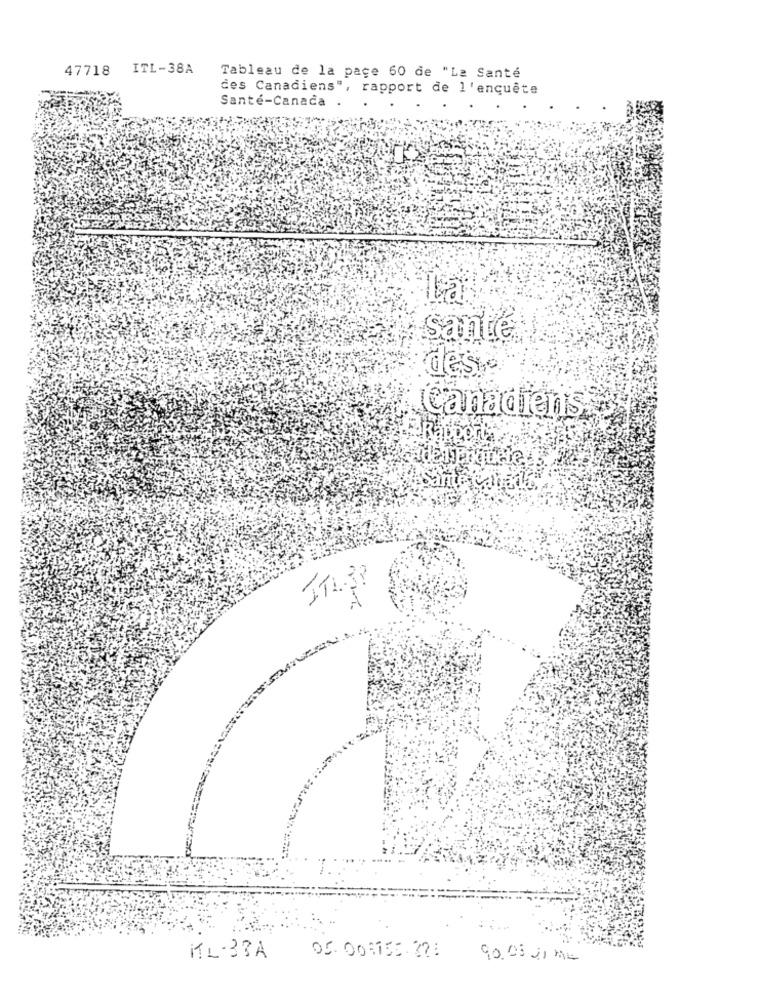
47718 ITL-38A
Tableau de la page 60 de "La Santé
des Canadiens", rapport de l'enquête
Santé-Canada
La
santé
desye
Canadiens
Sante
ITLSP
IL-33A
90.0520 ML